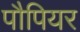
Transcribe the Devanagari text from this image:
पौपियर